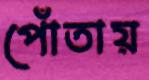
পোঁতায়